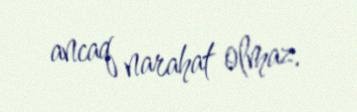
ancaq narahat olmaz.